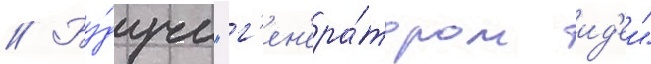
// Бу́дучи "г'ен'ера́тором ид'еи"